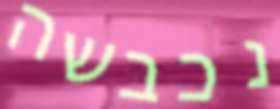
נכבשה